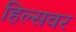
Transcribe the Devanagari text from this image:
हिल्सवर